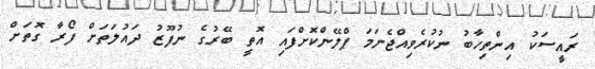
ރައީސަކު އިންތިހާބު ނުކުރެވިއްޖެނަމަ ޕްލޭންކޮށްފައި އޮތީ ބޭރުގެ ނުފޫޒު ދައުލަތަށް ފޯރާ ގޮތަށް